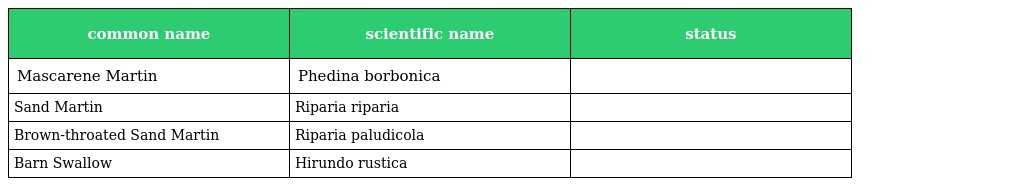
| common name | scientific name | status |
 | --- | --- | --- |
 | Mascarene Martin | Phedina borbonica |  |
 | Sand Martin | Riparia riparia |  |
 | Brown-throated Sand Martin | Riparia paludicola |  |
 | Barn Swallow | Hirundo rustica |  |